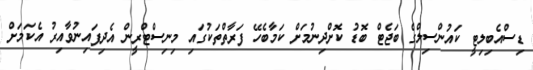
ޑިސްއެބިލިޓީ ކައުންސިލްގެ ބަޖެޓް ބޮޑު ކޮށްދިނުމަށް ކަމާބެހޭ ފަރާތްތަކުގައި މިނިސްޓްރީން އެދިފައިނުވާއިރު އެކަމަށް